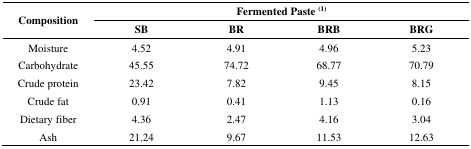
<table><thead><tr><td rowspan="2"><b>Composition</b></td><td colspan="4"><b>Fermented Paste <sup>(1)</sup></b></td></tr><tr><td><b>SB</b></td><td><b>BR</b></td><td><b>BRB</b></td><td><b>BRG</b></td></tr></thead><tbody><tr><td>Moisture</td><td>4.52</td><td>4.91</td><td>4.96</td><td>5.23</td></tr><tr><td>Carbohydrate</td><td>45.55</td><td>74.72</td><td>68.77</td><td>70.79</td></tr><tr><td>Crude protein</td><td>23.42</td><td>7.82</td><td>9.45</td><td>8.15</td></tr><tr><td>Crude fat</td><td>0.91</td><td>0.41</td><td>1.13</td><td>0.16</td></tr><tr><td>Dietary fiber</td><td>4.36</td><td>2.47</td><td>4.16</td><td>3.04</td></tr><tr><td>Ash</td><td>21.24</td><td>9.67</td><td>11.53</td><td>12.63</td></tr></tbody></table>